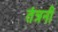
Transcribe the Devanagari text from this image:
तंत्रनी